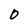
Character: D